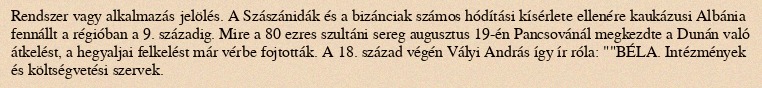
Rendszer vagy alkalmazás jelölés. A Szászánidák és a bizánciak számos hódítási kísérlete ellenére kaukázusi Albánia fennállt a régióban a 9. századig. Mire a 80 ezres szultáni sereg augusztus 19-én Pancsovánál megkezdte a Dunán való átkelést, a hegyaljai felkelést már vérbe fojtották. A 18. század végén Vályi András így ír róla: ""BÉLA. Intézmények és költségvetési szervek.